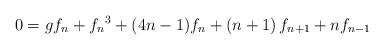
LaTeX: \begin{align*}0 = g f_{n} + {f_{n}}^{3} + (4n - 1) f_{n} +\left(n+1\right) f_{n+1} + n f_{n-1} \end{align*}